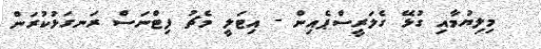
މިލިޔުމާއި ގުޅޭ ގެލަރީސްޕެއިން - އިޓަލީ މެޗު ފިޓްނަސް ރަނގަޅުކުރަން